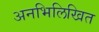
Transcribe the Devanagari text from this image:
अनभिलिखित